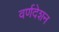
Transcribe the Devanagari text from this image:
वर्णदेशन